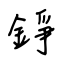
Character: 錚